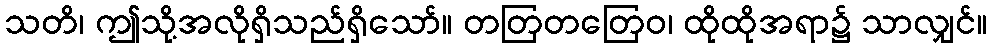
သတိ၊ ဤသို့အလိုရှိသည်ရှိသော်။ တတြတတြေဝ၊ ထိုထိုအရာ၌ သာလျှင်။